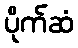
ပိုက်ဆံ